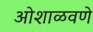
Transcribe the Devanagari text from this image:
ओशाळवणे